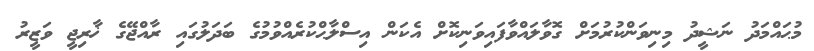
މުޙައްމަދު ނަޝީދު މިނިވަންކުރުމަށް ގޮވާލައްވާފައިވަނިކޮށް އެކަން އިސްލާޙްކުރެއްވުމުގެ ބަދަލުގައި ރާއްޖޭގެ ޚާރިޖީ ވަޒީރު